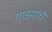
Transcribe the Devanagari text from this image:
गाडयांचे